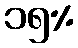
၁၅%